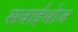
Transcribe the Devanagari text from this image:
सवाईभोज